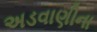
અડવાણીના